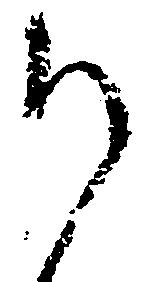
候